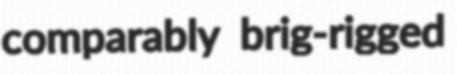
comparably brig-rigged